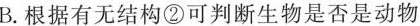
B.根据有无结构②可判断生物是否是动物